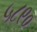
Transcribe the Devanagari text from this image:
५८९०